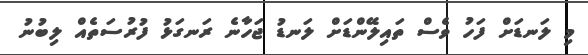
މި ލަނޑަށް ފަހު ވެސް ތައިލޭންޑަށް ލަނޑު ޖަހާނެ ރަނގަޅު ފުރުސަތެއް ލިބުނު